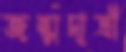
জন্মদাত্রী